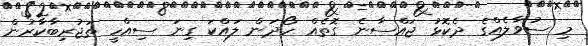
މި ސުވާލެއްގެ ދެކޮޅު ޖައްސާނެ ގޮތެއް ހޯދަން ލައްކަ ގިނަ ސިއްހީ ތަޖުރިބާކާރުން